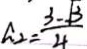
a _ { 2 } = \frac { 3 - \sqrt { 3 } } { 4 }